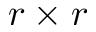
r \times r